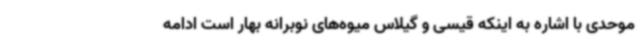
موحدی با اشاره به اینکه قیسی و گیلاس میوه‌های نوبرانه بهار است ادامه